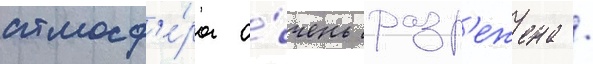
атмосф'е́ра о́чень разр'ежена /